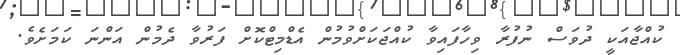
ކުއްޖާއަކީ ދުވަސް ނުފުރާ ވިހާފައިވާ ކުއްޖަކަށްވުމުން އެޑްމިޓްކޮށް ފަރުވާ ދެމުން އަންނަ ކަމަށެވެ.